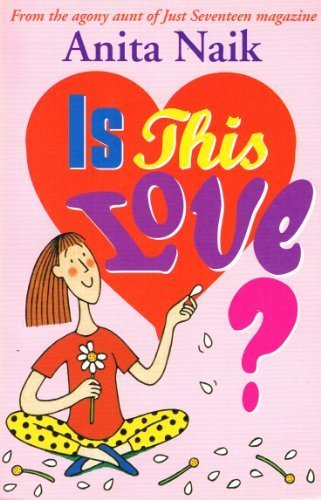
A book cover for Is This Love?; Anita Naik; Teen & Young Adult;